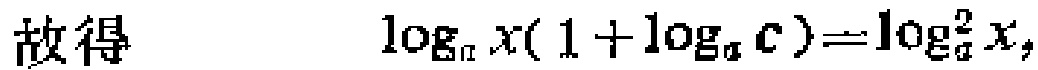
故得 $\log_{a}x(1 + \log_{a}c)=\log_{a}^{2}x,$